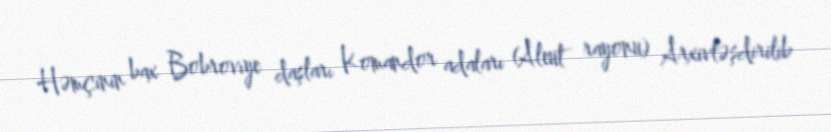
Həmçinin bax Bobrovıye daşları Komandor adaları (Aleut rayonu) Arxivləşdirilib